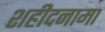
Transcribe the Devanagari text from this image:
शहीदनामा